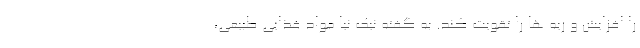
را افزایش و ریه ها را تقویت کند. به گفته نیک نیا مواد غذایی طبیعی،